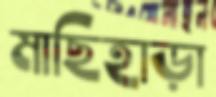
মাছিহাড়া